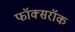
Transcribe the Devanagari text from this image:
फॉक्सरॉक